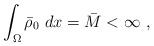
LaTeX: \begin{align*} \int_\Omega \bar \rho_0 \ dx = \bar M < \infty \ ,\end{align*}